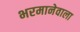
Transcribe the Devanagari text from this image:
भरमानेवाला